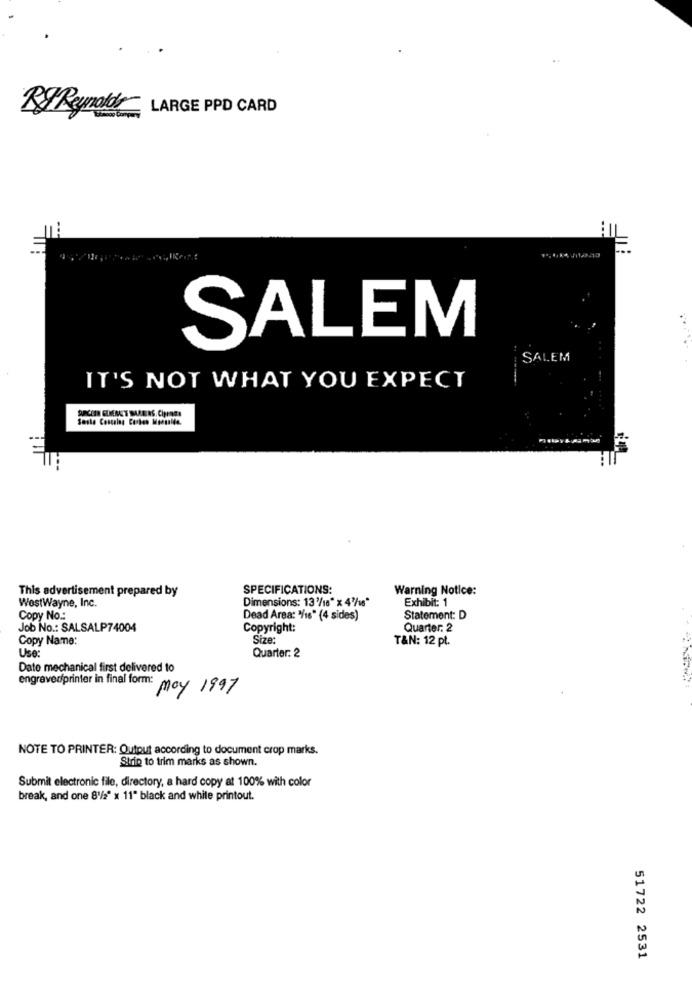
BIReynolds LARGE PPD CARD
SALEM
SALEM
IT'S NOT WHAT YOU EXPECT
Soshe Coscalas Carbon Moosside.
This advertisement prepared by
SPECIFICATIONS:
Warning Notice:
Dimensions: 13'/18" x 4/16"
Exhibit: 1
WestWayne, Inc.
Copy No .:
Dead Area: /16" (4 sides)
Statement: D
Job No .: SALSALP74004
Copyright:
Quarter. 2
Copy Name:
Size:
T&N: 12 pt.
Use:
Quarter: 2
Dato mechanical first delivered to
engraved/printer in final form: may 1997
NOTE TO PRINTER: Output according to document crop marks.
Strip to trim marks as shown.
Submit electronic file, directory, a hard copy at 100% with color
break, and one 8/2" x 11" black and white printout.
N
N
51722 2531